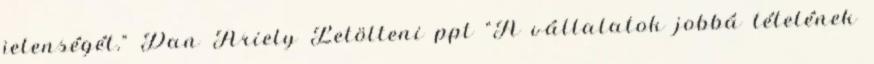
jelenségét.” Dan Ariely Letölteni ppt "A vállalatok jobbá tételének